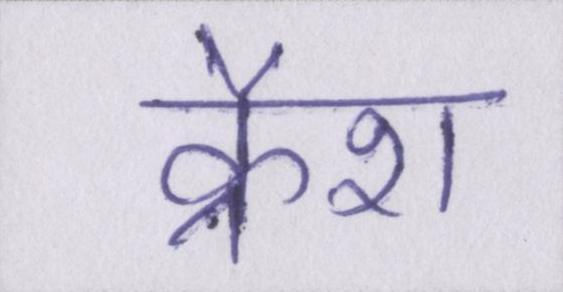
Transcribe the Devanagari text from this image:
क्रैश